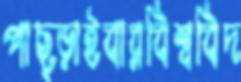
পাছ্‌ড়াইবারবিশ্ববিদ